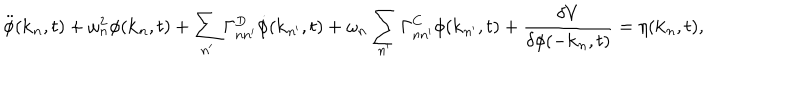
\ddot { \phi } ( { \bf k } _ { n } , t ) + \omega _ { n } ^ { 2 } \phi ( { \bf k } _ { n } , t ) + \sum _ { n ^ { \prime } } \Gamma _ { n n ^ { \prime } } ^ { D } { \dot { \phi } } ( { \bf k } _ { n ^ { \prime } } , t ) + \omega _ { n } \sum _ { n ^ { \prime } } \Gamma _ { n n ^ { \prime } } ^ { C } \phi ( { \bf k } _ { n ^ { \prime } } , t ) + \frac { \delta V } { \delta \phi ( - { \bf k } _ { n } , t ) } = \eta ( { \bf k } _ { n } , t ) ,